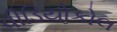
વીડિયોકોલ